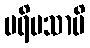
ပရိမသာမိ